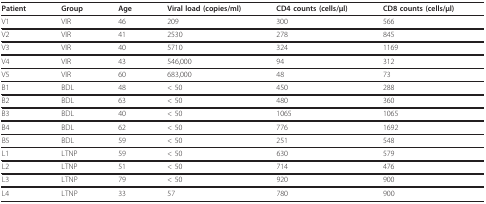
<table><thead><tr><td><b>Patient</b></td><td><b>Group</b></td><td><b>Age</b></td><td><b>Viral load (copies/ml)</b></td><td><b>CD4 counts (cells/μl)</b></td><td><b>CD8 counts (cells/μl)</b></td></tr></thead><tbody><tr><td>V1</td><td>VIR</td><td>46</td><td>209</td><td>300</td><td>566</td></tr><tr><td>V2</td><td>VIR</td><td>41</td><td>2530</td><td>278</td><td>845</td></tr><tr><td>V3</td><td>VIR</td><td>40</td><td>5710</td><td>324</td><td>1169</td></tr><tr><td>V4</td><td>VIR</td><td>43</td><td>546,000</td><td>94</td><td>312</td></tr><tr><td>V5</td><td>VIR</td><td>60</td><td>683,000</td><td>48</td><td>73</td></tr><tr><td>B1</td><td>BDL</td><td>48</td><td>&lt; 50</td><td>450</td><td>288</td></tr><tr><td>B2</td><td>BDL</td><td>63</td><td>&lt; 50</td><td>480</td><td>360</td></tr><tr><td>B3</td><td>BDL</td><td>40</td><td>&lt; 50</td><td>1065</td><td>1065</td></tr><tr><td>B4</td><td>BDL</td><td>62</td><td>&lt; 50</td><td>776</td><td>1692</td></tr><tr><td>B5</td><td>BDL</td><td>59</td><td>&lt; 50</td><td>251</td><td>548</td></tr><tr><td>L1</td><td>LTNP</td><td>59</td><td>&lt; 50</td><td>630</td><td>579</td></tr><tr><td>L2</td><td>LTNP</td><td>51</td><td>&lt; 50</td><td>714</td><td>476</td></tr><tr><td>L3</td><td>LTNP</td><td>79</td><td>&lt; 50</td><td>920</td><td>900</td></tr><tr><td>L4</td><td>LTNP</td><td>33</td><td>57</td><td>780</td><td>900</td></tr></tbody></table>